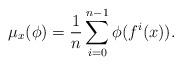
LaTeX: \begin{align*}\mu_x(\phi)=\frac{1}{n}\sum_{i=0}^{n-1} \phi(f^i(x)).\end{align*}